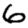
Digit: 6